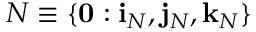
N \equiv \{ \mathbf { 0 } : \mathbf { i } _ { N } , \mathbf { j } _ { N } , \mathbf { k } _ { N } \}